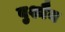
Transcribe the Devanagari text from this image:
बुश्मैन